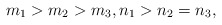
\begin{align*}m_1>m_2>m_3,n_1>n_2=n_3,\end{align*}